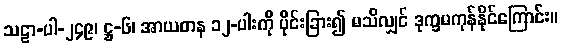
သဠာ-ပါ-၂၄၉၊ ဋ္ဌ-၆၊ အာယတန ၁၂-ပါးကို ပိုင်းခြား၍ မသိလျှင် ဒုက္ခမကုန်နိုင်ကြောင်း။